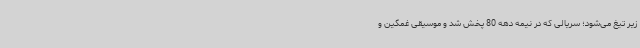
زیر تیغ می‌شود؛ سریالی که در نیمه دهه 80 پخش شد و موسیقی غمگین و